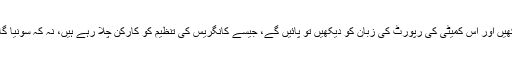
ان سارے اسباب کو دیکھیں اور اس کمیٹی کی رپورٹ کی زبان کو دیکھیں تو پائیں گے، جیسے کانگریس کی تنظیم کو کارکن چلا رہے ہیں، نہ کہ سونیا گاندھی اور منموہن سنگھ۔